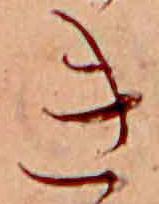
き